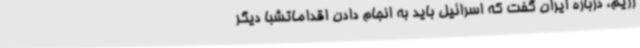
رژیم، درباره ایران گفت که اسرائیل باید به انجام دادن اقداماتشبا دیگر